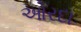
ઓરદા